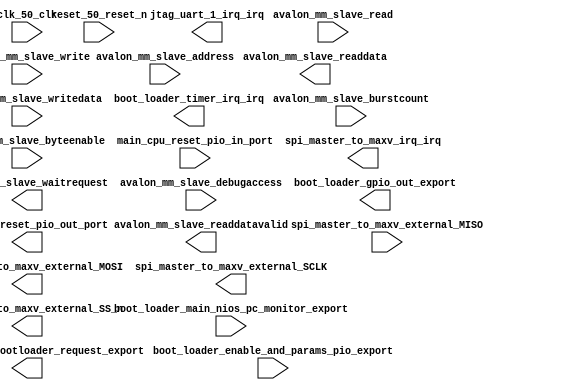

module bootloader_control_1_interconnect (
	avalon_mm_slave_waitrequest,
	avalon_mm_slave_readdata,
	avalon_mm_slave_readdatavalid,
	avalon_mm_slave_burstcount,
	avalon_mm_slave_writedata,
	avalon_mm_slave_address,
	avalon_mm_slave_write,
	avalon_mm_slave_read,
	avalon_mm_slave_byteenable,
	avalon_mm_slave_debugaccess,
	boot_loader_enable_and_params_pio_export,
	boot_loader_gpio_out_export,
	boot_loader_main_nios_pc_monitor_export,
	boot_loader_timer_irq_irq,
	clk_50_clk,
	jtag_uart_1_irq_irq,
	main_cpu_reset_pio_in_port,
	main_cpu_reset_pio_out_port,
	pio_reset_and_bootloader_request_export,
	reset_50_reset_n,
	spi_master_to_maxv_external_MISO,
	spi_master_to_maxv_external_MOSI,
	spi_master_to_maxv_external_SCLK,
	spi_master_to_maxv_external_SS_n,
	spi_master_to_maxv_irq_irq);	

	output		avalon_mm_slave_waitrequest;
	output	[31:0]	avalon_mm_slave_readdata;
	output		avalon_mm_slave_readdatavalid;
	input	[0:0]	avalon_mm_slave_burstcount;
	input	[31:0]	avalon_mm_slave_writedata;
	input	[15:0]	avalon_mm_slave_address;
	input		avalon_mm_slave_write;
	input		avalon_mm_slave_read;
	input	[3:0]	avalon_mm_slave_byteenable;
	input		avalon_mm_slave_debugaccess;
	input	[31:0]	boot_loader_enable_and_params_pio_export;
	output	[7:0]	boot_loader_gpio_out_export;
	input	[31:0]	boot_loader_main_nios_pc_monitor_export;
	output		boot_loader_timer_irq_irq;
	input		clk_50_clk;
	output		jtag_uart_1_irq_irq;
	input		main_cpu_reset_pio_in_port;
	output		main_cpu_reset_pio_out_port;
	output	[31:0]	pio_reset_and_bootloader_request_export;
	input		reset_50_reset_n;
	input		spi_master_to_maxv_external_MISO;
	output		spi_master_to_maxv_external_MOSI;
	output		spi_master_to_maxv_external_SCLK;
	output		spi_master_to_maxv_external_SS_n;
	output		spi_master_to_maxv_irq_irq;
endmodule